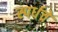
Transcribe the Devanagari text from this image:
स्पर्धचे